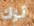
ترك